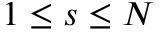
1 \leq s \leq N